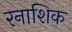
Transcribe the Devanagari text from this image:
रनाशिक